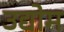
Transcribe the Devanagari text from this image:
उद्योम